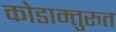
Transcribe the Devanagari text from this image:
कोडाम्तुरुत